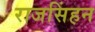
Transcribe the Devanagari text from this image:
राजसिंहन